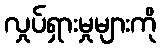
လှုပ်ရှားမှုများကို